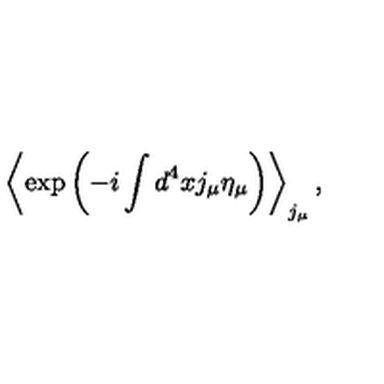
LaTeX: \left< \exp \left( - i \int d ^ { 4 } x j _ { \mu } \eta _ { \mu } \right) \right> _ { j _ { \mu } } ,